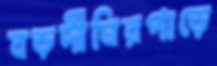
বড়দীঘিরপাড়ে